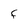
Character: F